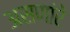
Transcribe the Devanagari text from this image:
असणांरे